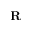
\mathbf { R }